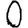
Digit: 0